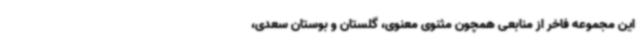
این مجموعه فاخر از منابعی همچون مثنوی معنوی، گلستان و بوستان سعدی،